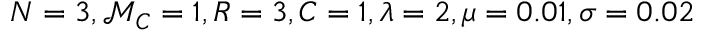
N = 3 , \mathcal { M } _ { C } = 1 , R = 3 , C = 1 , \lambda = 2 , \mu = 0 . 0 1 , \sigma = 0 . 0 2